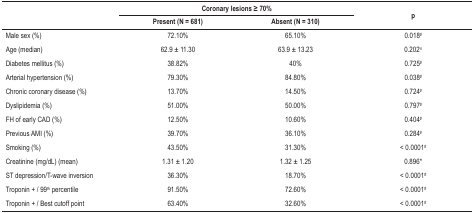
<table><thead><tr><td rowspan="2"><b> </b></td><td colspan="2"><b>Coronary lesions ≥ 70%</b></td><td rowspan="2"><b>p</b></td></tr><tr><td><b>Present (N = 681)</b></td><td><b>Absent (N = 310)</b></td></tr></thead><tbody><tr><td>Male sex (%)</td><td>72.10%</td><td>65.10%</td><td>0.018<sup>#</sup></td></tr><tr><td>Age (median)</td><td>62.9 ± 11.30</td><td>63.9 ± 13.23</td><td>0.202<sup>π</sup></td></tr><tr><td>Diabetes mellitus (%)</td><td>38.82%</td><td>40%</td><td>0.725<sup>#</sup></td></tr><tr><td>Arterial hypertension (%)</td><td>79.30%</td><td>84.80%</td><td>0.038<sup>#</sup></td></tr><tr><td>Chronic coronary disease (%)</td><td>13.70%</td><td>14.50%</td><td>0.724<sup>#</sup></td></tr><tr><td>Dyslipidemia (%)</td><td>51.00%</td><td>50.00%</td><td>0.797<sup>#</sup></td></tr><tr><td>FH of early CAD (%)</td><td>12.50%</td><td>10.60%</td><td>0.404<sup>#</sup></td></tr><tr><td>Previous AMI (%)</td><td>39.70%</td><td>36.10%</td><td>0.284<sup>#</sup></td></tr><tr><td>Smoking (%)</td><td>43.50%</td><td>31.30%</td><td>&lt; 0.0001<sup>#</sup></td></tr><tr><td>Creatinine (mg/dL) (mean)</td><td>1.31 ± 1.20</td><td>1.32 ± 1.25</td><td>0.896*</td></tr><tr><td>ST depression/T-wave inversion</td><td>36.30%</td><td>18.70%</td><td>&lt; 0.0001<sup>#</sup></td></tr><tr><td>Troponin + / 99<sup>th</sup> percentile</td><td>91.50%</td><td>72.60%</td><td>&lt; 0.0001<sup>#</sup></td></tr><tr><td>Troponin + / Best cutoff point</td><td>63.40%</td><td>32.60%</td><td>&lt; 0.0001<sup>#</sup></td></tr></tbody></table>